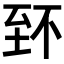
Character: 𦤹